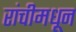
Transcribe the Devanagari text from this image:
रांचीमधून